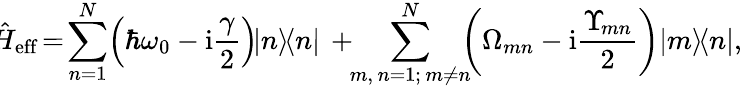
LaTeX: \! \! \hat{H}_{\mathrm{eff}}\! =\! \sum_{n=1}^{N}\! \left(\hbar\omega_{0}-\mathrm{i}\frac{\gamma}{2}\right)\! |n\rangle\! \langle n|\, +\! \! \sum_{{m,\, n=1;\, m\neq n}}^{N}\! \! \! \left(\Omega_{mn}-\mathrm{i}\frac{\Upsilon_{\! mn}}{2}\right)\! \left|m\rangle\! \langle n\right|,